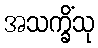
အသက္ခိံသု